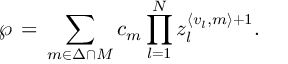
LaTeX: \wp \, = \, \sum _ { { m } \in { \Delta \cap M } } c _ { m } \prod _ { l = 1 } ^ { N } z _ { l } ^ { \langle { v } _ { l } , { m } \rangle + 1 } .